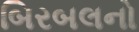
બિરબલનો